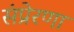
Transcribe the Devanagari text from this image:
संप्रेरणा